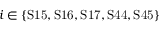
i \in \{ \mathrm { S 1 5 , S 1 6 , S 1 7 , S 4 4 , S 4 5 } \}